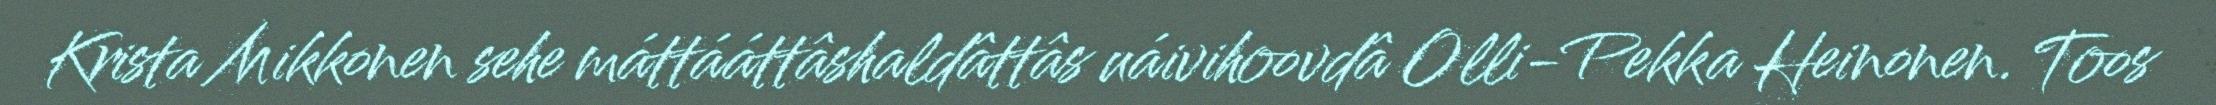
Krista Mikkonen sehe máttááttâshaldâttâs uáivihoovdâ Olli-Pekka Heinonen. Toos